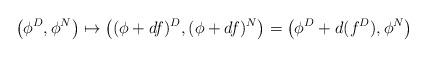
LaTeX: \begin{align*}\left(\phi^D,\phi^N\right)\mapsto \left((\phi+df)^D,(\phi+df)^N\right)=\left(\phi^D+d(f^D),\phi^N\right)\end{align*}